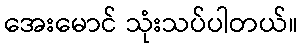
အေးမောင် သုံးသပ်ပါတယ်။